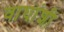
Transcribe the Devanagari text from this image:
वाघांशी